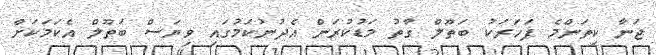
ޖަނާ ކިތަންމެ ފަހަރަކު ބަތޫލް ގާތު މަޑުކުރަން އެދުނުކަމުގައި ވިޔަސް ބަތޫލް އެކަމަކަށް